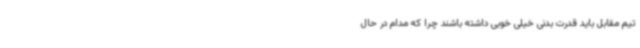
تیم مقابل باید قدرت بدنی خیلی خوبی داشته باشند چرا که مدام در حال